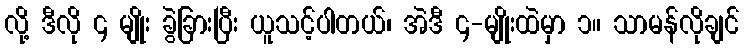
လို့ ဒီလို ၄ မျိုး ခွဲခြားပြီး ယူသင့်ပါတယ်၊ အဲဒီ ၄-မျိုးထဲမှာ ၁။ သာမန်လိုချင်